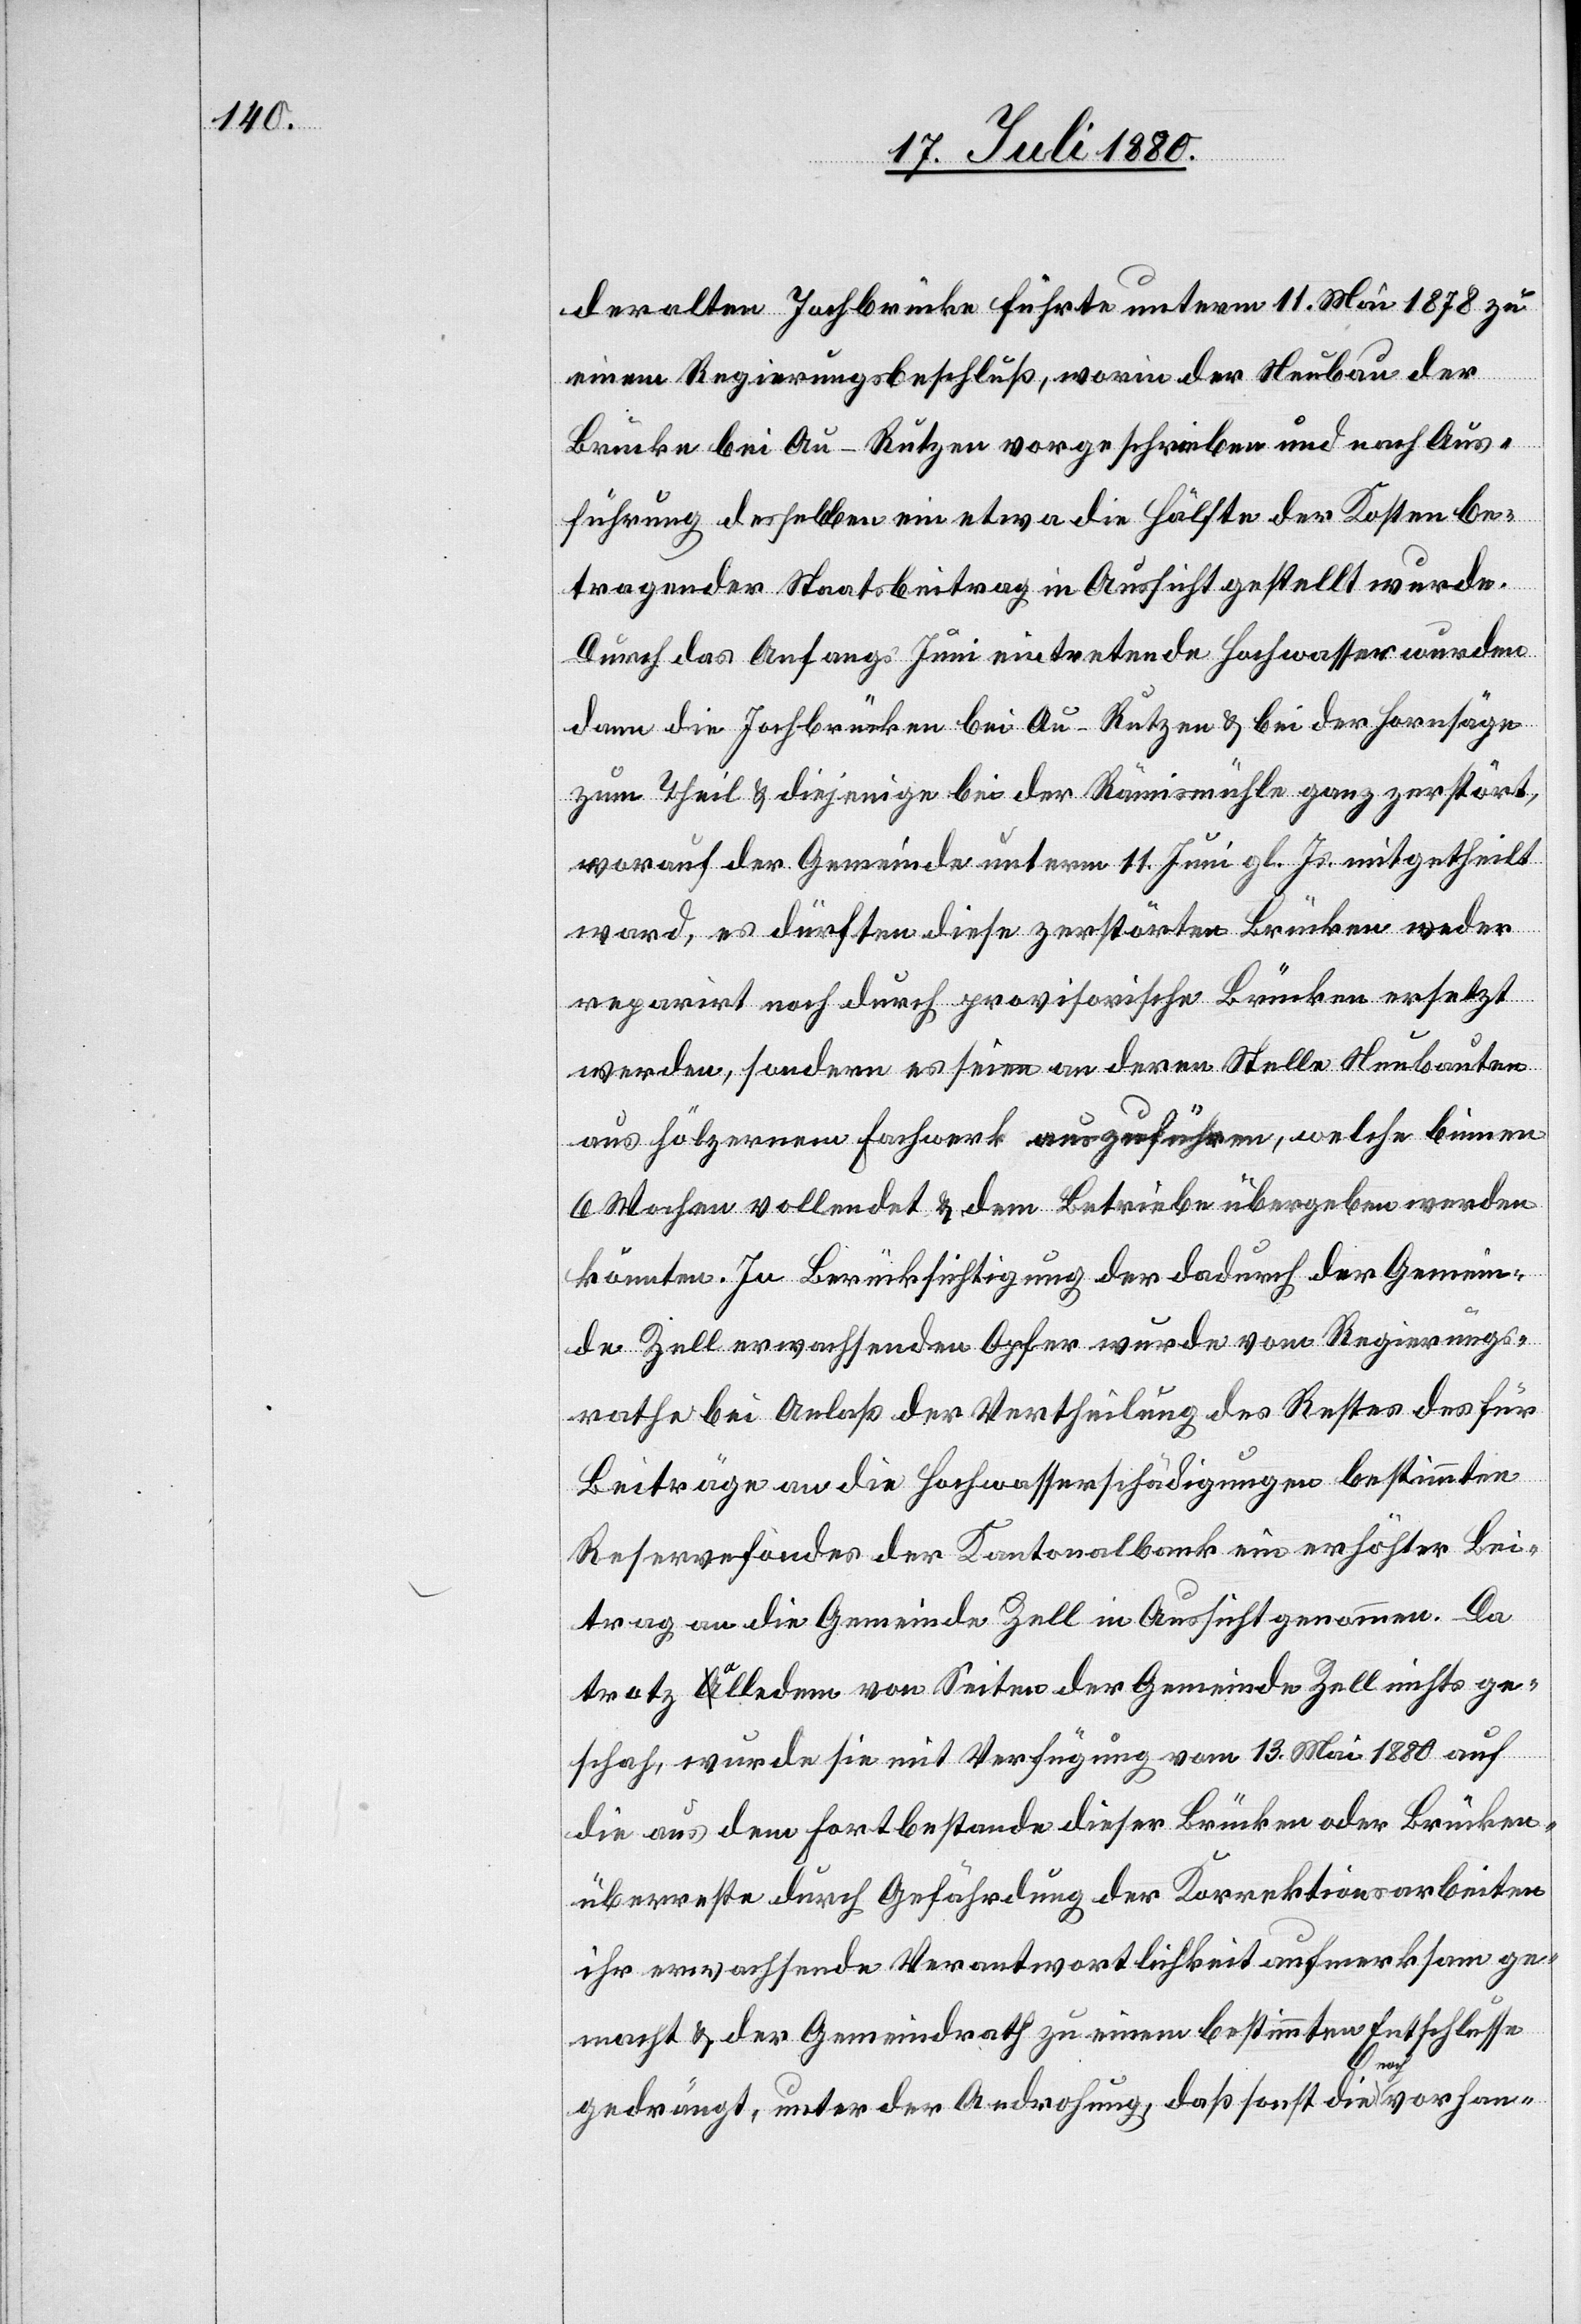
derselben Jochbrücke führte unterm 11. Mai 1878 zu
einem Regierungsbeschluß, worin der Neubau der
Brücke bei Au - Rutzen vorgeschrieben und nach Aus¬
führung derselben ein etwa die Hälfte der Kosten be¬
tragender Staatsbeitrag in Aussicht gestellt wurde.
Durch das Anfangs Juni eintretende Hochwasser wurden
dann die Jochbrücken bei Au - Rutzen & bei der Hornsäge
zum Theil & diejenige bei der Rämismühle ganz zerstört,
worauf der Gemeinde unterm 11. Juni gl. Js. mitgetheilt
ward, es dürften diese zerstörten Brücken weder
reparirt noch durch provisorische Brücken ersetzt
werden, sondern es seien an deren Stelle Neubauten
aus hölzernem Fachwerk aufzuführen, welche binnen
6 Wochen vollendet & dem Betriebe übergeben werden
könnten. In Berücksichtigung der dadurch der Gemein¬
de Zell erwachsenden Opfer wurde vom Regierungs¬
rahe bei Anlaß der Vertheilung des Restes der für
Beiträge an die Hochwasserschädigungen bestimmte
Reservefondes der Kantonalbank ein erhöhter Bei¬
trag an die Gemeinde Zell in Aussicht genommen. Da
trotz alledem von Seite der Gemeinde Zell nichts ge¬
schah, wurde sie mit Verfügung vom 13. Mai 1880 auf
die aus dem Fortbestande dieser Brücken oder Brücken¬
überreste durch Gefährdung der Korrektionsarbeiten
ihr erwachsenden Verantwortlichkeit aufmerksam ge¬
macht & der Gemeindrath zu einem bestimmten Entschlusse
gedrängt, unter der Androhung, daß sonst die noch